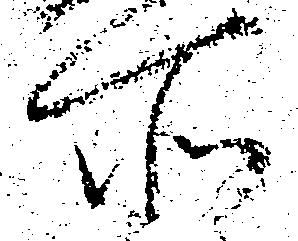
所